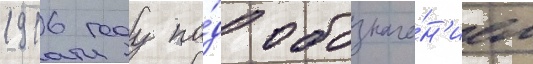
1916 году по́д обозначе́н'ием